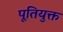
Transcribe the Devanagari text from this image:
पूतियुक्त